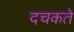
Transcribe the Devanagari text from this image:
दचकते